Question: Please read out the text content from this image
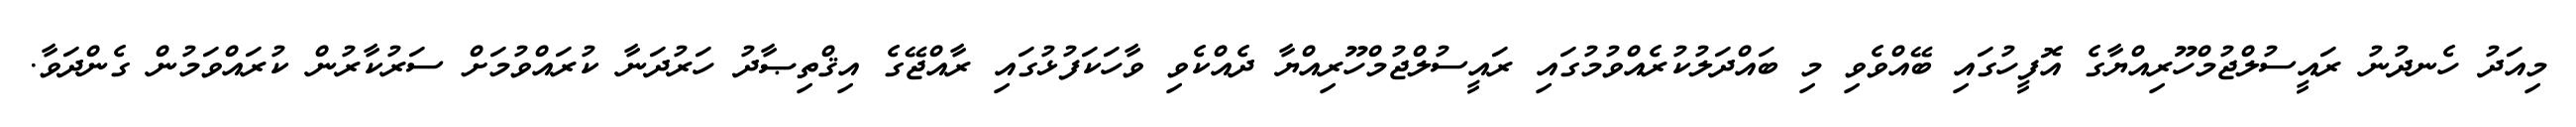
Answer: މިއަދު ހެނދުނު ރައީސުލްޖުމްހޫރިއްޔާގެ އޮފީހުގައި ބޭއްވެވި މި ބައްދަލުކުރެއްވުމުގައި ރައީސުލްޖުމްހޫރިއްޔާ ދެއްކެވި ވާހަކަފުޅުގައި ރާއްޖޭގެ އިޤްތިޞާދު ހަރުދަނާ ކުރައްވުމަށް ސަރުކާރުން ކުރައްވަމުން ގެންދަވާ.